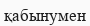
қабынумен